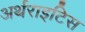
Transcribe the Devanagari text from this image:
अर्थराइटिस